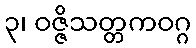
၃၊ ဝဇ္ဇိသတ္တကဝဂ္ဂ